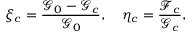
\xi _ { c } = \frac { \mathcal { G } _ { 0 } - \mathcal { G } _ { c } } { \mathcal { G } _ { 0 } } , \quad \eta _ { c } = \frac { \mathcal { F } _ { c } } { \mathcal { G } _ { c } } ,